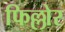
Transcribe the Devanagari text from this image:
फिल्लोर